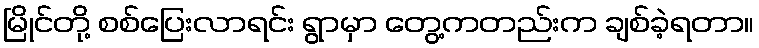
မြိုင်တို့ စစ်ပြေးလာရင်း ရွာမှာ တွေ့ကတည်းက ချစ်ခဲ့ရတာ။